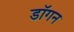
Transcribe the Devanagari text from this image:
डॉगन